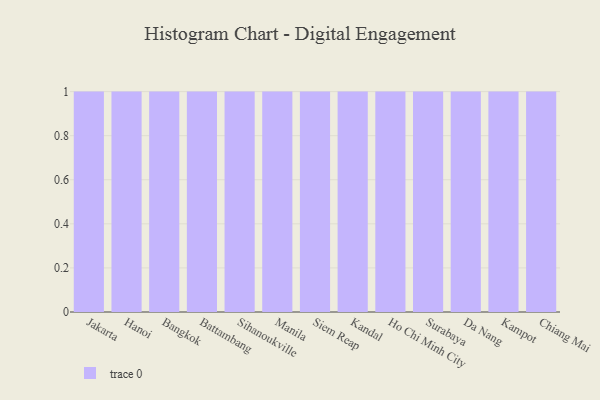
{"axis": {"x": "City", "y": "Headcount"}, "legend": [""], "data": [{"x": "Jakarta", "y": 81, "type": ""}, {"x": "Hanoi", "y": 84, "type": ""}, {"x": "Bangkok", "y": 20, "type": ""}, {"x": "Battambang", "y": 1, "type": ""}, {"x": "Sihanoukville", "y": 28, "type": ""}, {"x": "Manila", "y": 67, "type": ""}, {"x": "Siem Reap", "y": 4, "type": ""}, {"x": "Kandal", "y": 17, "type": ""}, {"x": "Ho Chi Minh City", "y": 21, "type": ""}, {"x": "Surabaya", "y": 20, "type": ""}, {"x": "Da Nang", "y": 39, "type": ""}, {"x": "Kampot", "y": 28, "type": ""}, {"x": "Chiang Mai", "y": 6, "type": ""}]}